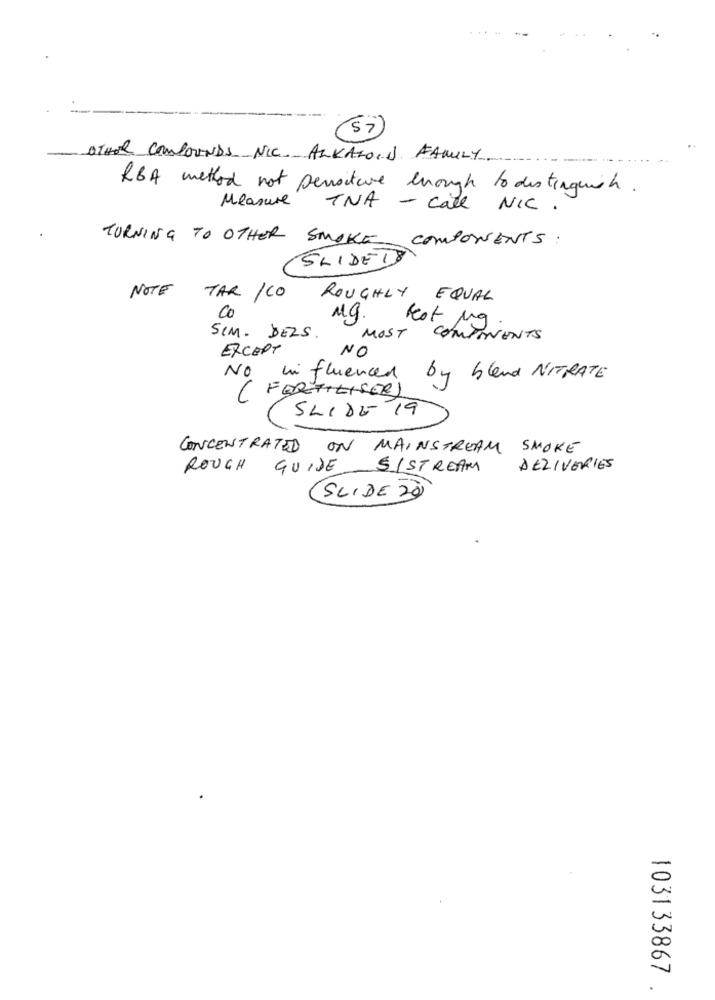
57
OTHER COMPOUNDS NIC. ALKALOID FAMILY
RBA method not sensitive enough to distinguish.
Measure
TNA - call NIC .
TURNING TO OTHER SMOKE COMPONENTS:
SLIDE1
NOTE TAR /CO
ROUGHLY EQUAL
Co
M.g.
Est Mg
SIM. DELS
MOST
COMPONENTS
EXCEPT
NO
No influenced
by bland NITRATE
( FERTILISER
SLIDE 19
CONCENTRATED ON MAINSTREAM SMOKE
ROUGH
GUIDE SISTREAM
DELIVERIES
SLIDE 20
103133867
.